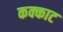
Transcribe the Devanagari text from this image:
कक्काट